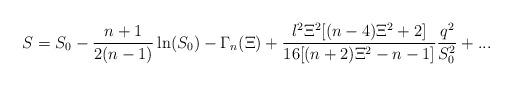
\begin{align*}S=S_0-\frac{n+1}{2(n-1)}\ln (S_0)-\Gamma _n(\Xi )+\frac{l^2\Xi ^2[(n-4)\Xi^2+2]}{16[(n+2)\Xi ^2-n-1]}\frac{q^2}{S_0^2}+... \end{align*}